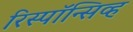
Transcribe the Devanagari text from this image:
रिस्पॉन्सिव्ह